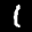
Label: 1